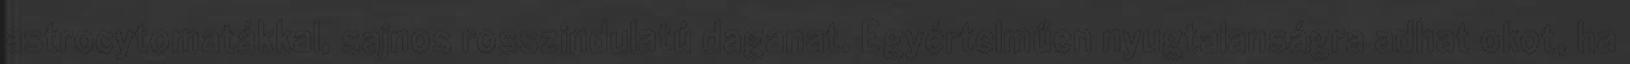
astrocytomatákkal, sajnos rosszindulatú daganat. Egyértelműen nyugtalanságra adhat okot, ha